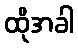
ထိုအခါ